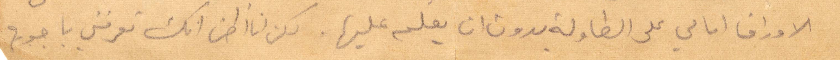
الأوراق امامي على الطاولة بدون ان يعلم عليها. لكن انا انظن انك تعرفني يا جورج